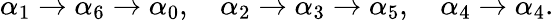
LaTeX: \alpha_{1}\rightarrow\alpha_{6}\rightarrow\alpha_{0},\quad\alpha_{2}\rightarrow\alpha_{3}\rightarrow\alpha_{5},\quad\alpha_{4}\rightarrow\alpha_{4}.